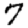
Digit: 7